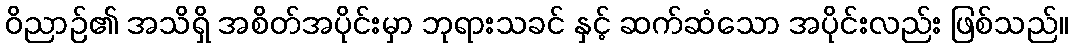
ဝိညာဉ်၏ အသိရှိ အစိတ်အပိုင်းမှာ ဘုရားသခင် နှင့် ဆက်ဆံသော အပိုင်းလည်း ဖြစ်သည်။